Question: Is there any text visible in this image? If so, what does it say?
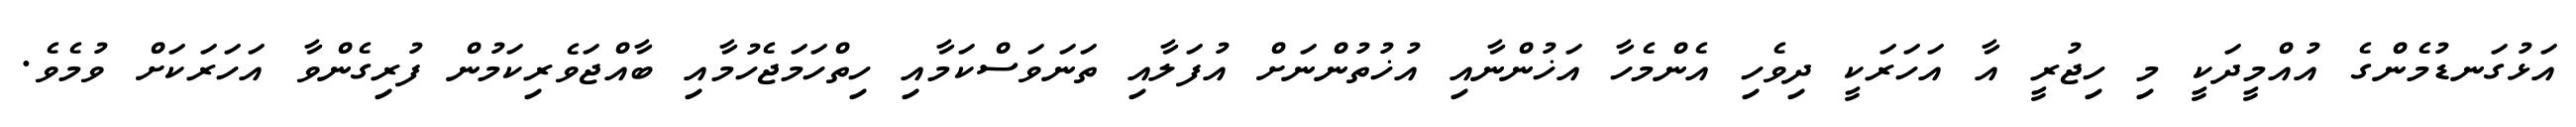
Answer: އަޅުގަނޑުމެންގެ އުއްމީދަކީ މި ހިޖުރީ އާ އަހަރަކީ ދިވެހި އެންމެހާ އަޚުންނާއި އުޚުތުންނަށް އުފަލާއި ތަނަވަސްކަމާއި ހިތްހަމަޖެހުމާއި ބާއްޖަވެރިކަމުން ފުރިގެންވާ އަހަރަކަށް ވުމެވެ.